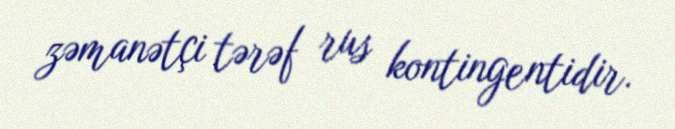
zəmanətçi tərəf rus kontingentidir.